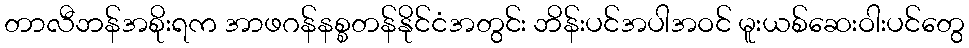
တာလီဘန်အစိုးရက အာဖဂန်နစ္စတန်နိုင်ငံအတွင်း ဘိန်းပင်အပါအဝင် မူးယစ်ဆေးဝါးပင်တွေ